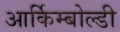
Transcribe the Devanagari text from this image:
आर्किम्बोल्डी